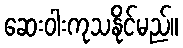
ဆေးဝါးကုသနိုင်မည်။